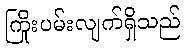
ကြိုးပမ်းလျက်ရှိသည်